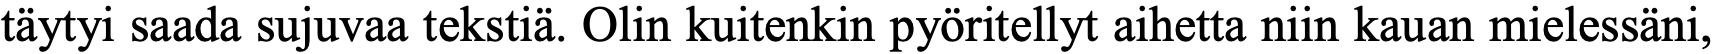
täytyi saada sujuvaa tekstiä. Olin kuitenkin pyöritellyt aihetta niin kauan mielessäni,